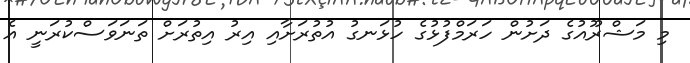
މި މަޝްރޫއުގެ ދަށުން ހަރަމްފުޅުގެ ހުޅަނގު އުތުރަށާއި އިރު އިތުރަށް ތަނަވަސްކުރަނީ އެ